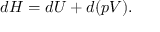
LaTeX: d H = d U + d ( p V ) .